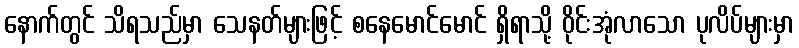
နောက်တွင် သိရသည်မှာ သေနတ်များဖြင့် စနေမောင်မောင် ရှိရာသို့ ဝိုင်းအုံလာသော ပုလိပ်များမှာ